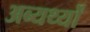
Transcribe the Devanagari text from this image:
अब्यर्थ्यों